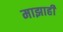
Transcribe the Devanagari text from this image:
माझाही